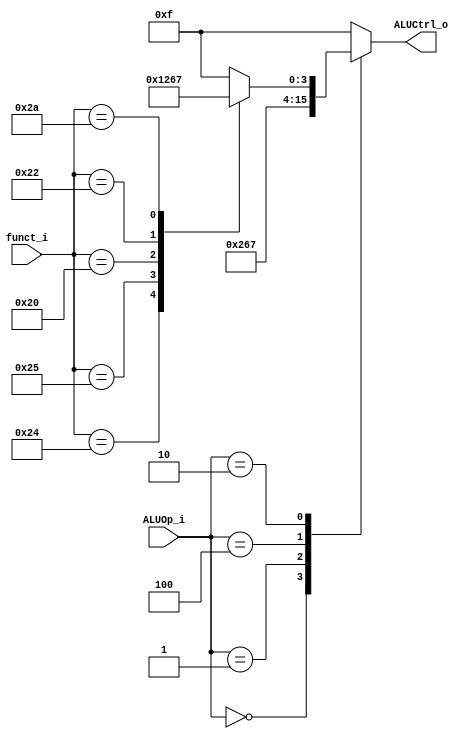
//Subject:     Architecture project 2 - ALU Controller
//--------------------------------------------------------------------------------
//Version:     1
//--------------------------------------------------------------------------------
//Writer:      
//----------------------------------------------
//Date:        
//----------------------------------------------
//Description: 
//--------------------------------------------------------------------------------

module ALU_Ctrl(
          funct_i,
          ALUOp_i,
          ALUCtrl_o
          );
          
//I/O ports 
input      [6-1:0] funct_i;
input      [3-1:0] ALUOp_i;

output     [4-1:0] ALUCtrl_o;    
     
//Internal Signals
reg        [4-1:0] ALUCtrl_o;

//Parameter


//Select exact operation, please finish the following code
always@(funct_i or ALUOp_i) begin
    case(ALUOp_i)
		3'b000:   //lw sw addi 
            begin
					ALUCtrl_o = 4'b0010;
            end
		3'b001:   //beq 
            begin
					ALUCtrl_o = 4'b0110;
            end
		3'b100:   //slti
            begin
					ALUCtrl_o = 4'b0111;
            end
        3'b010:   //R-type: and, or, add, sub, slt
            begin
                case(funct_i)
                    6'b100100: ALUCtrl_o = 4'b0000; // AND
					6'b100101: ALUCtrl_o = 4'b0001; // OR
					6'b100000: ALUCtrl_o = 4'b0010; // ADD
					6'b100010: ALUCtrl_o = 4'b0110; // SUB
					6'b101010: ALUCtrl_o = 4'b0111; // SLT
                    default: ALUCtrl_o = 4'b1111;
                endcase
            end
        default:ALUCtrl_o = 4'b1111;
			
    endcase
end
endmodule